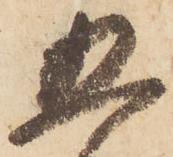
五